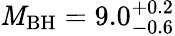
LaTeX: \mathit{M}_{\mathrm{{BH}}}=9.0_{\mathrm{{-0.6}}}^{+0.2}